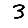
Digit: 3